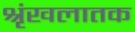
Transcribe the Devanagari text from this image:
श्रृंखलातक